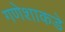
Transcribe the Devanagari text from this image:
गणेशाकडे